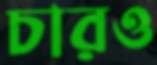
চারও